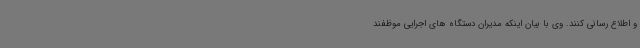
و اطلاع رسانی کنند. وی با بیان اینکه مدیران دستگاه های اجرایی موظفند